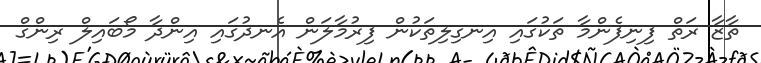
ތާޒާ ރަތް ފިނިފެންމާ ތަކުގައި އިނގިލިތަކުން ފިރުމާލަން އެނދުގައި އިންދާ މޯބައިލް ރިންގް